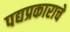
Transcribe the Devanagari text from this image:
पद्यप्रकाराचे